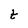
Character: t